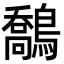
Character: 鷮